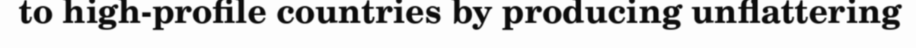
to high-profile countries by producing unflattering